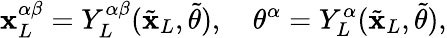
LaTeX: {\mathbf{x}_{L}^{\alpha\beta}}=Y_{L}^{\alpha\beta}({\tilde{{\mathbf{x}}}_{L}},{\tilde{{\theta}}}),\quad{\theta^{\alpha}}=Y_{L}^{\alpha}({\tilde{{\mathbf{x}}}_{L}},{\tilde{{\theta}}}),